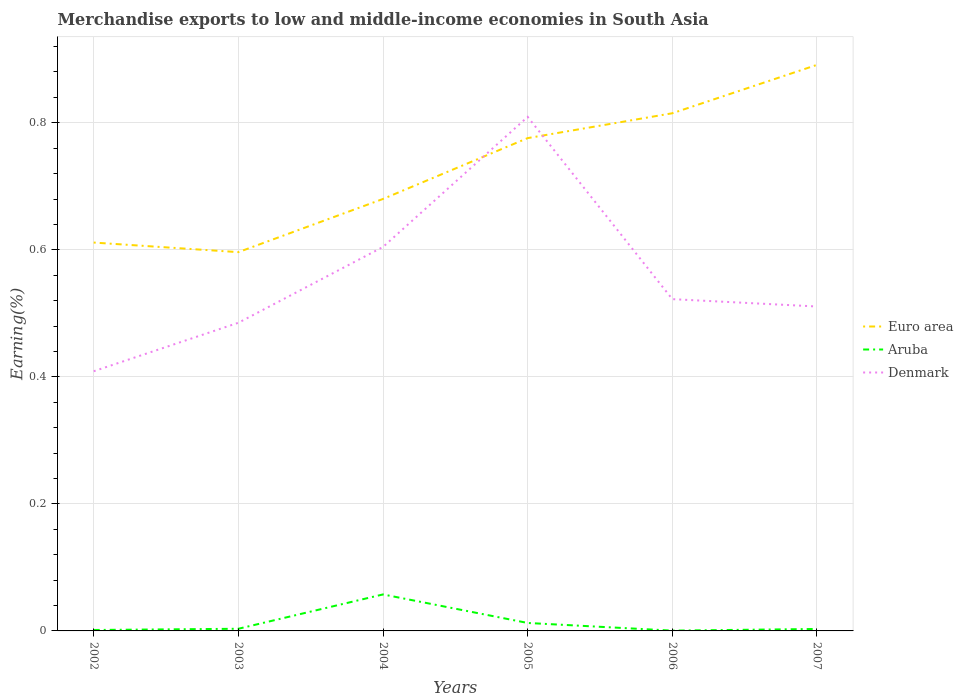
| Years | Euro area | Aruba | Denmark |
 | --- | --- | --- | --- |
 | 2002 | 0.611 | 0.00147 | 0.409 |
 | 2003 | 0.596 | 0.0034 | 0.485 |
 | 2004 | 0.68 | 0.0574 | 0.605 |
 | 2005 | 0.776 | 0.0125 | 0.809 |
 | 2006 | 0.815 | 0.00047 | 0.522 |
 | 2007 | 0.891 | 0.00308 | 0.511 |